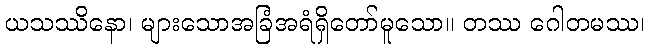
ယသဿိနော၊ များသောအခြံအရံရှိတော်မူသော။ တဿ ဂေါတမဿ၊